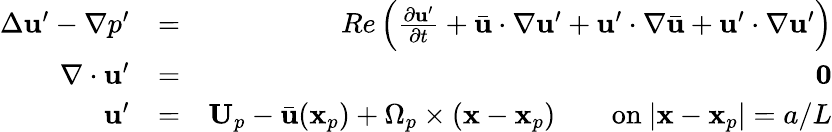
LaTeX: \begin{array}{rlr}{\Delta\mathbf{u}^{\prime}-\nabla p^{\prime}}&{=}&{Re\left(\frac{\partial\mathbf{u}^{\prime}}{\partial t}+\bar{\mathbf{u}}\cdot\nabla\mathbf{u}^{\prime}+\mathbf{u}^{\prime}\cdot\nabla\bar{\mathbf{u}}+\mathbf{u}^{\prime}\cdot\nabla\mathbf{u}^{\prime}\right)}\\ {\nabla\cdot\mathbf{u}^{\prime}}&{=}&{\mathbf{0}}\\ {\mathbf{u}^{\prime}}&{=}&{\mathbf{U}_{p}-\bar{\mathbf{u}}(\mathbf{x}_{p})+\Omega_{p}\times(\mathbf{x}-\mathbf{x}_{p})\qquad\mathrm{on~}|\mathbf{x}-\mathbf{x}_{p}|=a/L}\end{array}